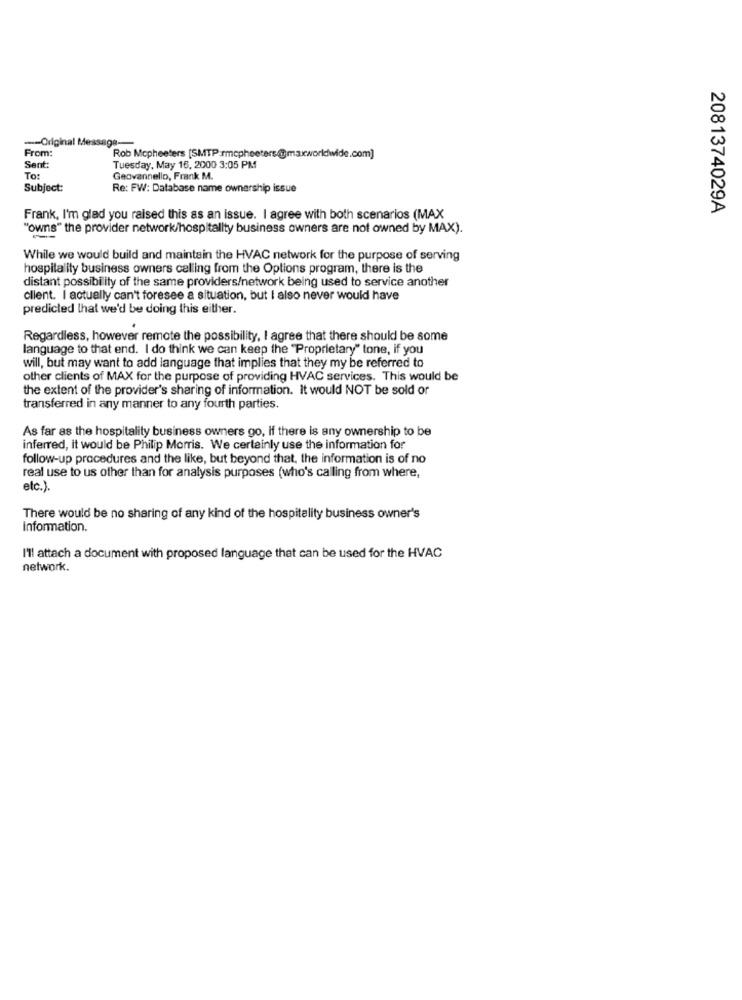
-- Original
From:
Rob Mcpheeters [SMTP:rmcpheeters-@maxworldwide.com]
Sent:
Tuesday, May 16, 2000 3:05 PM
To:
Geovannello, Frank M.
Subject:
Re: FW: Database name ownership issue
2081374029A
Frank, I'm glad you raised this as an issue. I agree with both scenarios (MAX
"owns" the provider network/hospitality business owners are not owned by MAX).
While we would build and maintain the HVAC network for the purpose of serving
hospitality business owners calling from the Options program, there is the
distant possibility of the same providers/network being used to service another
client. I actually can't foresee a situation, but I also never would have
predicted that we'd be doing this either.
Regardless, however remote the possibility, I agree that there should be some
language to that end. I do think we can keep the "Proprietary" tone, if you
will, but may want to add language that implies that they my be referred to
other clients of MAX for the purpose of providing HVAC services. This would be
the extent of the provider's sharing of information. It would NOT be sold or
transferred in any manner to any fourth parties.
As far as the hospitality business owners go, if there is any ownership to be
inferred, it would be Philip Morris. We certainly use the information for
follow-up procedures and the like, but beyond that, the information is of no
real use to us other than for analysis purposes (who's calling from where,
etc.).
There would be no sharing of any kind of the hospitality business owner's
Information.
I'll attach a document with proposed language that can be used for the HVAC
network.